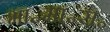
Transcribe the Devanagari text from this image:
भा॰मा॰स॰